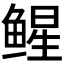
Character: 𬶢